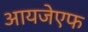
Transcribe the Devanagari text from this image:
आयजेएफ